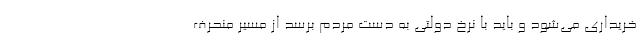
خریداری می‌شود و باید با نرخ دولتی به دست مردم برسد از مسیر منحرف